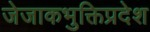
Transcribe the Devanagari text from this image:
जेजाकभुक्तिप्रदेश